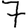
Digit: 7